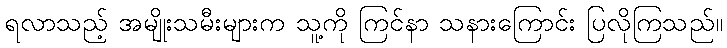
ရလာသည့် အမျိုးသမီးများက သူ့ကို ကြင်နာ သနားကြောင်း ပြလိုကြသည်။